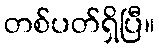
တစ်ပတ်ရှိပြီ။